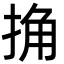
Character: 捔